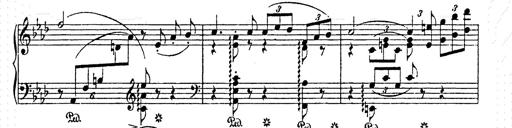
Title: AnnÃ©es de pÃ¨lerinage II
Composer: Franz Liszt